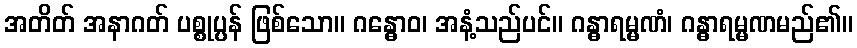
အတိတ် အနာဂတ် ပစ္စုပ္ပန် ဖြစ်သော။ ဂန္ဓောဝ၊ အနံ့သည်ပင်။ ဂန္ဓာရမ္မဏံ၊ ဂန္ဓာရမ္မဏမည်၏။